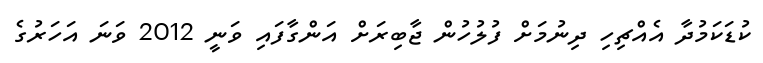
ކުޑަކަމުދާ އެއްޗިހި ދިނުމަށް ފުލުހުން ޖާބިރަށް އަންގާފައި ވަނީ 2012 ވަނަ އަހަރުގެ